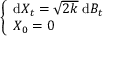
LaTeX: \left\{ { \begin{array} { l l } { { \mathrm { d } } X _ { t } = { \sqrt { 2 k } } \; { \mathrm { d } } B _ { t } } \\ { X _ { 0 } = 0 } \end{array} } \right.